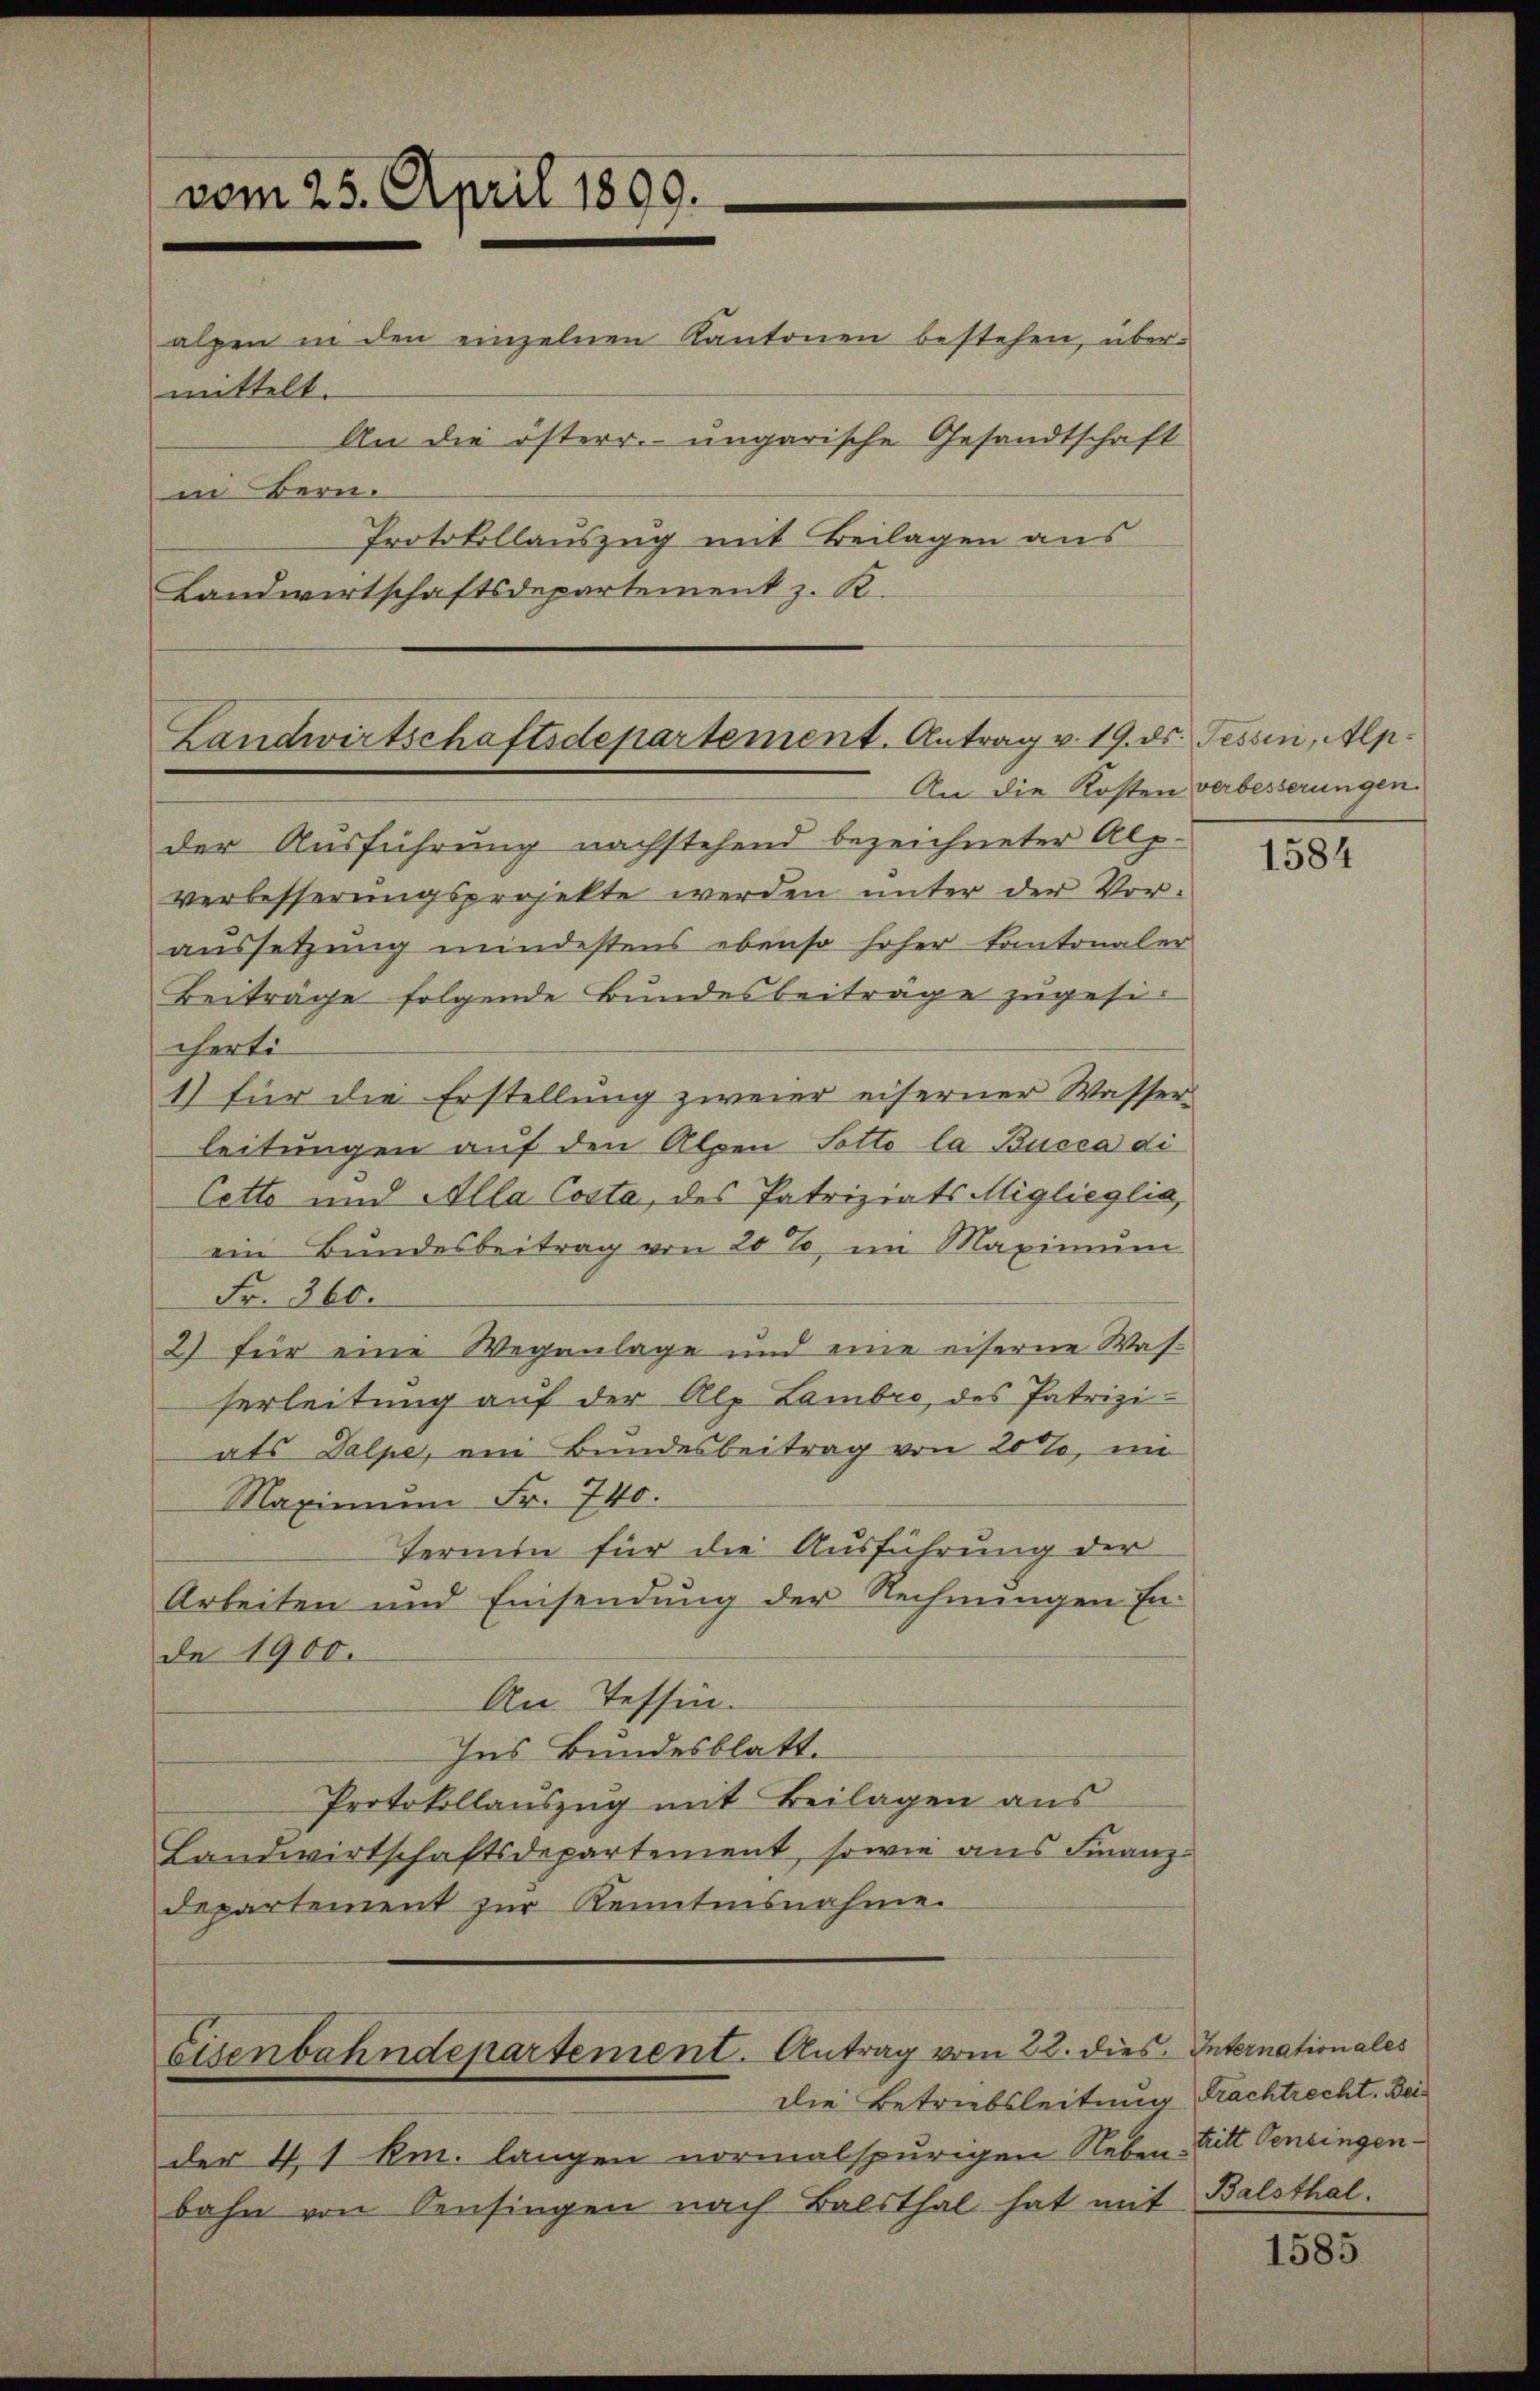
vom 25. April 1899.
alpen in den einzelnen Kantonen bestehen, übermittelt.
An die österr. ungarische Gesandtschaft
in Bern.
Protokollauszug mit Beilagen aus
Landwirtschaftsdepartement z. R.

Landwirtschaftsdepartement. Antrag v. 19. ds. Tessin, Alp.
An die Kosten verbesserungen.

der Ausführung nachstehend bezeichneter Alp-
verbesserungsprojekte werden unter der Vor-
aussetzung mindestens ebenso hoher Kantonaler
Beiträge folgende Bundesbeiträge zugesicherte
1) für die Erstellung zweier eiserner Wasser-
leitungen auf den Alpen Potto la Bucca di
Cette und Alla Costa, des Patriziats Miglieglia,
ein Bundesbeitrag von 20%, im Maximum
Fr. 360.
2) für eine Weganlage und eine eiserne Wasserleitung auf der Alp Lambre des Patriziats Dalpe, ein Bundesbeitrag von 20%, in
Maximŭm Fr. 740.
Termin für die Ausführung der
Arbeiten und Einsendung der Rechnungen Ende 1900.
An Tessin.
Ins Bundesblatt.
Protokollauszug mit Beilagen aus
Landwirtschaftsdepartement, sowie aus Finanzdepartement zur Kenntnisnahme.

Eisenbahndepartement. Antrag vom 22. dies. Internationales
die Betriebsleitung Frachtrecht. Bei¬

der 41 km. langen normalspurigen Neben Bitt Oeningenbahn von Senfingen nach Balsthal hat mit

1584

Balsthal.

1585